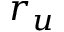
r _ { u }